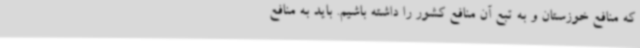
که منافع خوزستان و به تبع آن منافع کشور را داشته باشیم. باید به منافع